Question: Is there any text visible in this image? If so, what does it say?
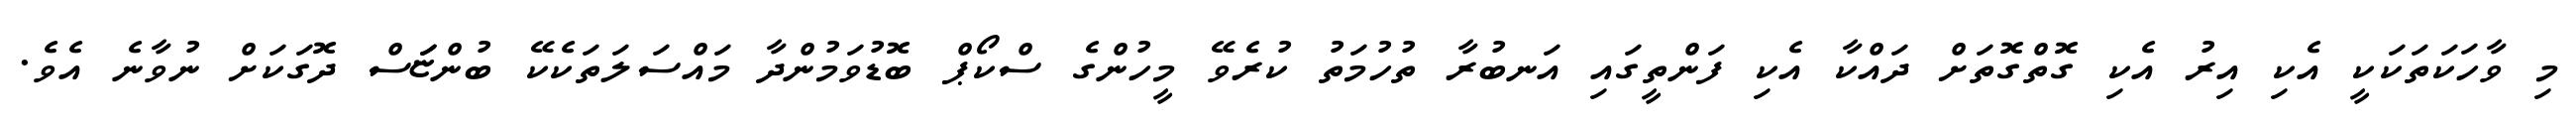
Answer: މި ވާހަކަތަކަކީ އެކި އިރު އެކި ގޮތްގޮތަށް ދައްކާ އެކި ފަންތީގައި އަނބުރާ ތުހުމަތު ކުރެވޭ މީހުންގެ ސްކޯޕް ބޮޑުވަމުންދާ މައްސަލަތަކެކޭ ބުންޏަަސް ދޮގަކަށް ނުވާނެ އެވެ.